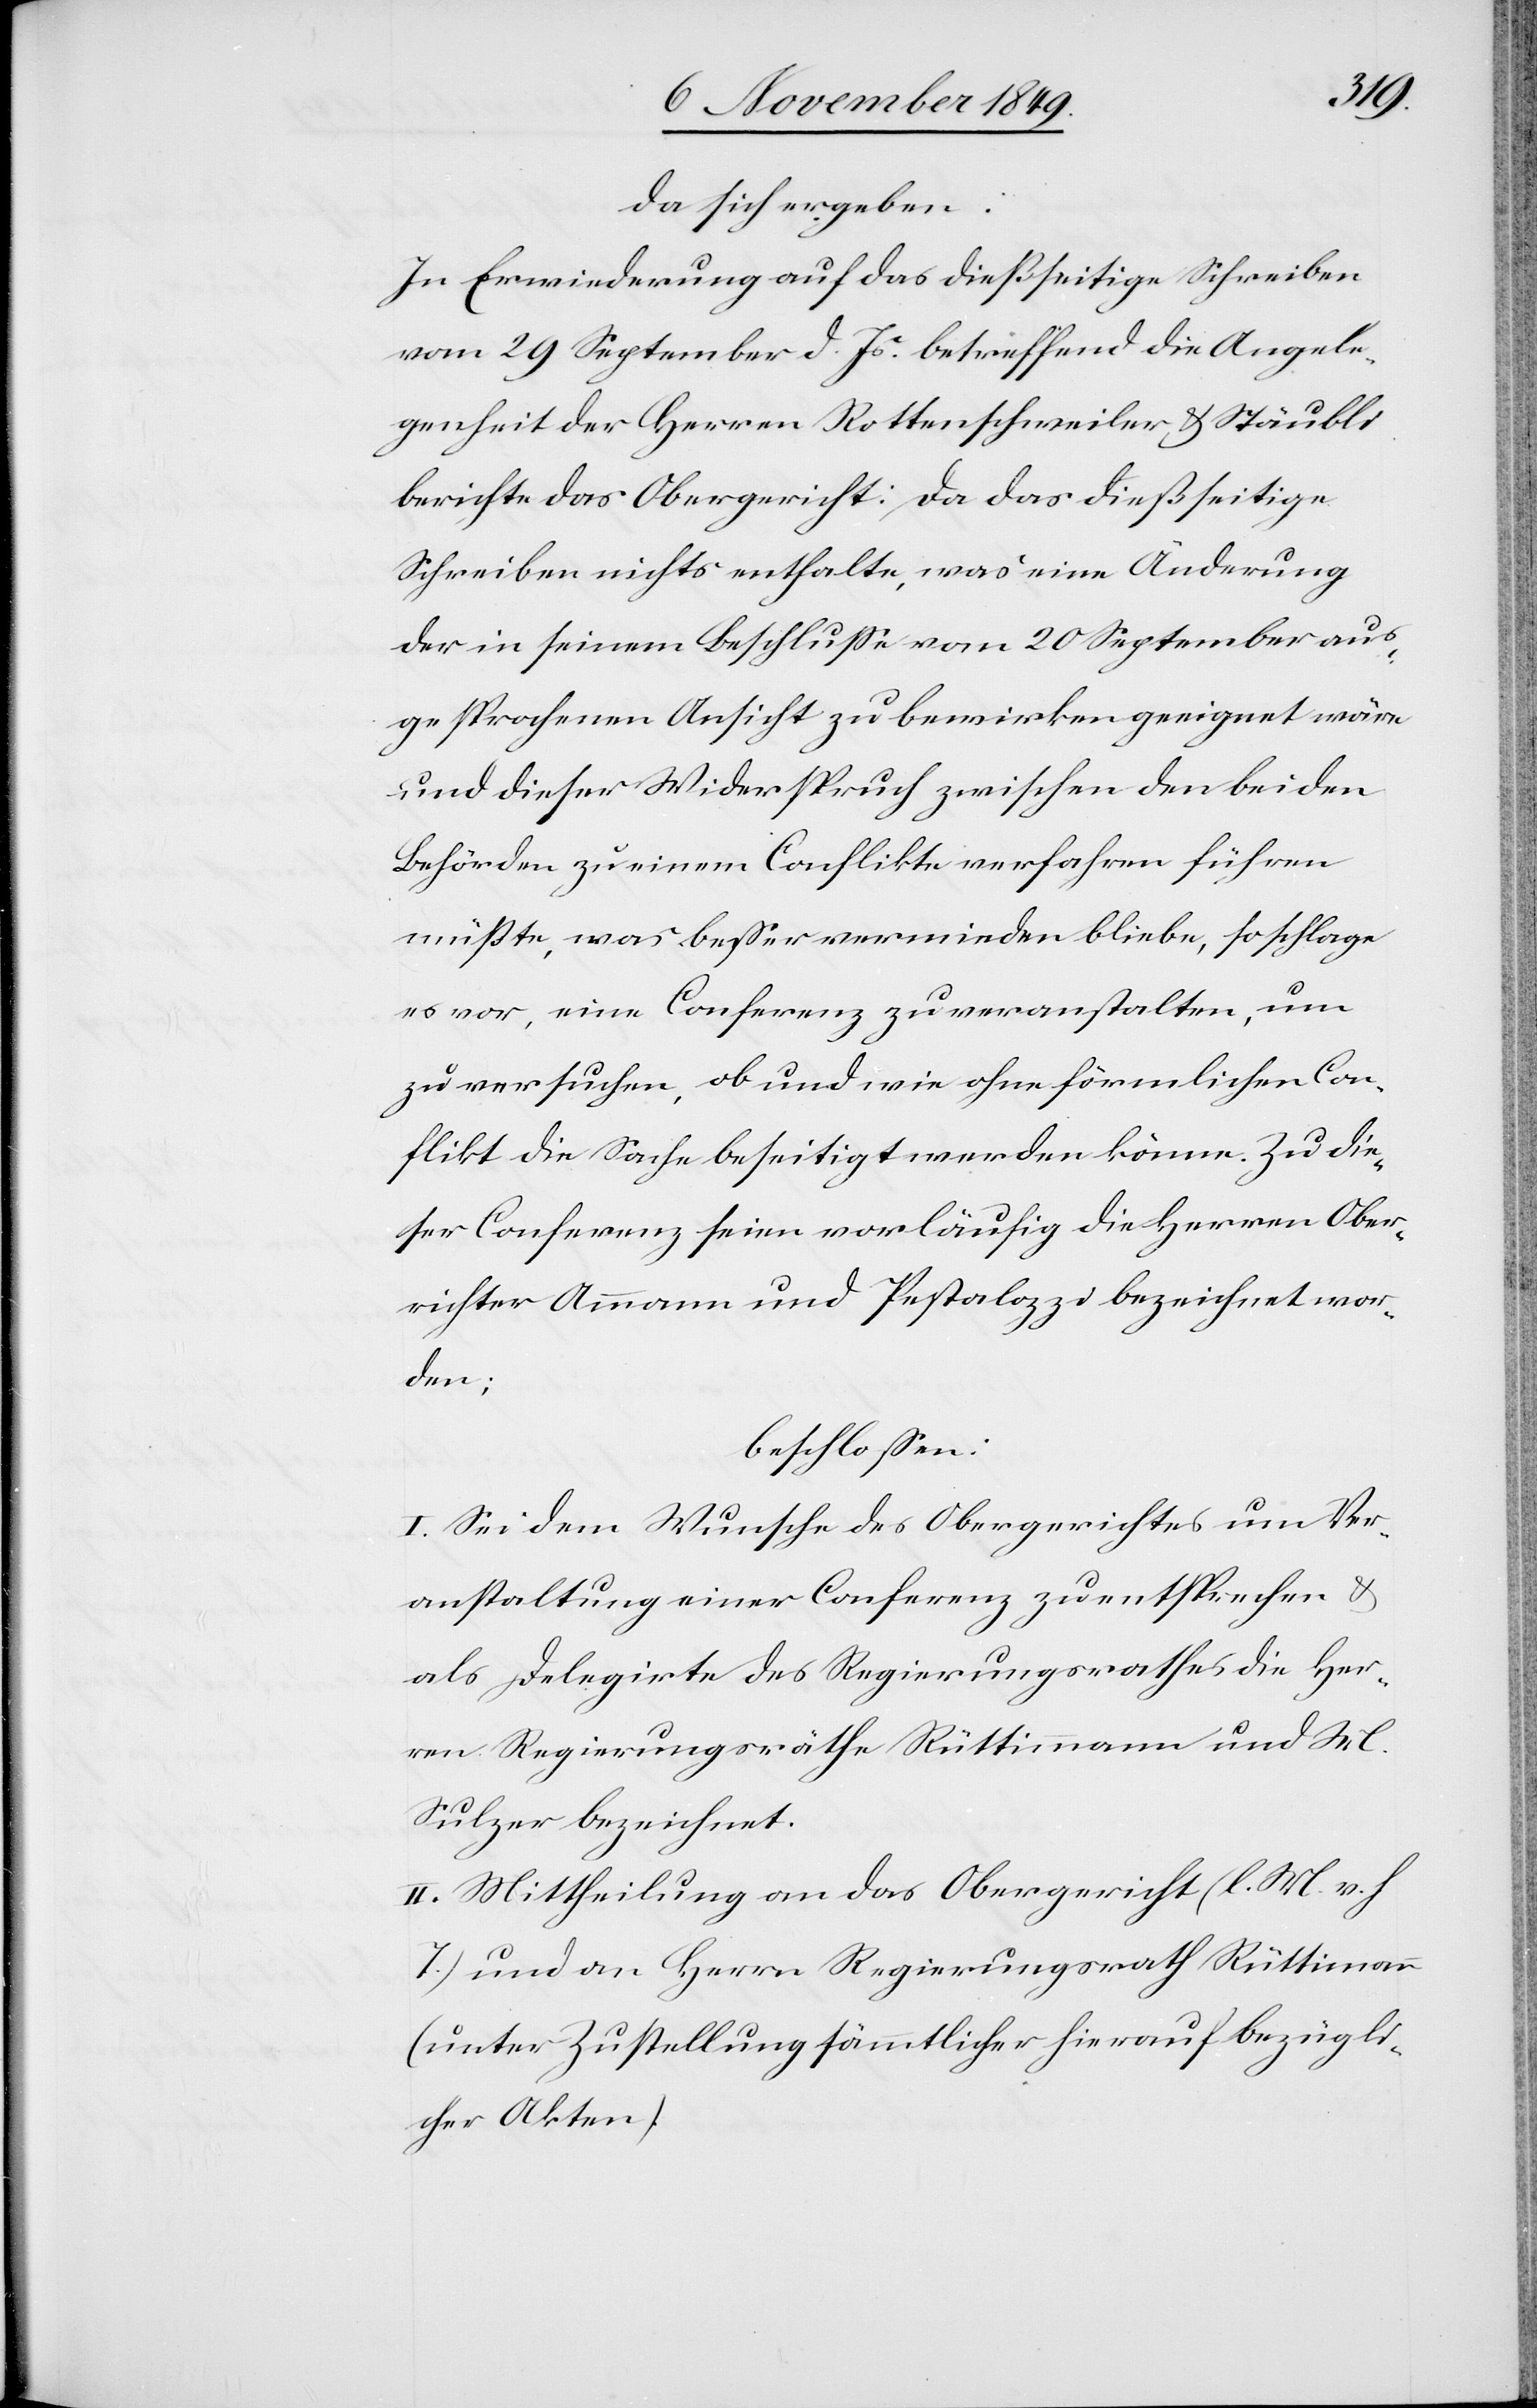
da sich ergeben:
In Erwiederung auf das dießseitige Schreiben
vom 29 September d. Js. betreffend die Angele¬
genheit der Herren Rottenschweiler u. Stäubli
berichte das Obergericht: Da das dießseitige
Schreiben nichts enthalte, was eine Änderung
der in seinem Beschluße vom 20 September aus¬
gesprochenen Ansicht zu bewirken geeignet wäre
und dieser Widerspruch zwischen den beiden
Behörden zu einem Conflikte verfahren führen
müßte, was beßer vermieden bliebe, so schlage
er vor, eine Conferenz zu veranstalten, um
zu versuchen, ob und wie ohne förmlichen Con¬
flikt die Sache beseitigt werden könne. Zu die¬
ser Conferenz seien vorläufig die Herrn Ober¬
richter Ammann und Pestalozzi bezeichnet wor¬
den;
beschloßen:
I. Sei dem Wunsche des Obergerichtes um Ver¬
anstaltung einer Conferenz zu entsprechen u.
als Delegirte des Regierungsrathes die Her¬
ren Regierungsräthe Rüttimann und M.
Sulzer bezeichnet.
II. Mittheilung an das Obergericht [l. M. v. h.
T] und an Herrn Regierungsrath Rüttimann
(unter Zustellung sämmtlicher hierauf bezügli¬
cher Akten).